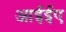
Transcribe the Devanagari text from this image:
आईईए